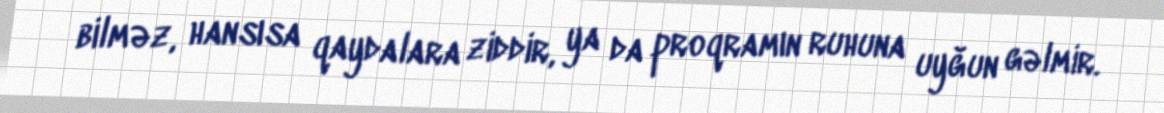
bilməz, hansısa qaydalara ziddir, ya da proqramın ruhuna uyğun gəlmir.